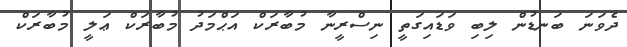
ދެވަނަ ބަނޑުން ލިބި ވަޑައިގަތީ ނިސްރީނާ މުބާރަކް އަޙްމަދު މުބާރަކް ޢަލީ މުބާރަކް